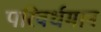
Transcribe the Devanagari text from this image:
परिवर्धमान